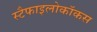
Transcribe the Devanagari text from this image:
स्टैफाइलोकॉकस